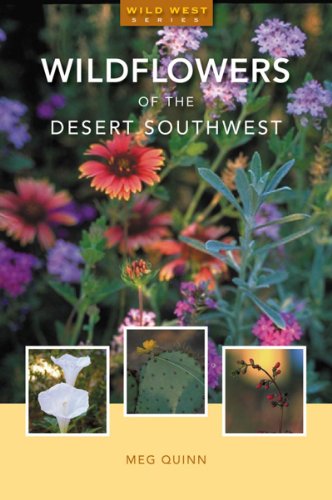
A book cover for Wildflowers of the Desert Southwest; Meg Quinn; Sports & Outdoors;